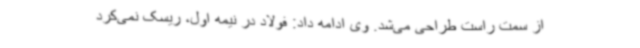
از سمت راست طراحی می‌شد. وی ادامه داد: فولاد در نیمه اول، ریسک نمی‌کرد